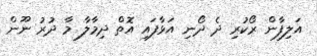
އަލިފާން ރޯކުރި ދެ ދޯނި އަޅާފައި އޮތް ދިމާލާ މާ ދުރު ނޫން